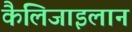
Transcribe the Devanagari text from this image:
कैलिजाइलान